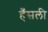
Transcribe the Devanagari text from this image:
हँसली